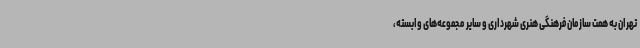
تهران به همت سازمان فرهنگی هنری شهرداری و سایر مجموعه‌های وابسته‌،